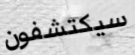
سيكتشفون